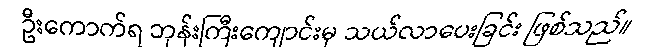
ဦးကောက်ရ ဘုန်းကြီးကျောင်းမှ သယ်လာပေးခြင်း ဖြစ်သည်။